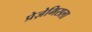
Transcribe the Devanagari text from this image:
प्रेज़ेमिसला